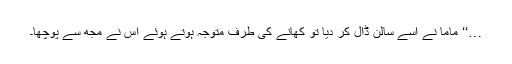
…‘‘ ماما نے اسے سالن ڈال کر دیا تو کھانے کی طرف متوجہ ہوتے ہوئے اس نے مجھ سے پوچھا۔